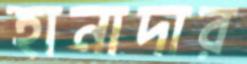
হানাদার